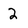
Character: 2